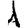
Digit: 1